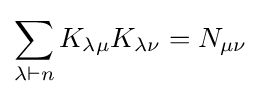
\sum _{\lambda \vdash n}K_{\lambda \mu }K_{\lambda \nu }=N_{\mu \nu }